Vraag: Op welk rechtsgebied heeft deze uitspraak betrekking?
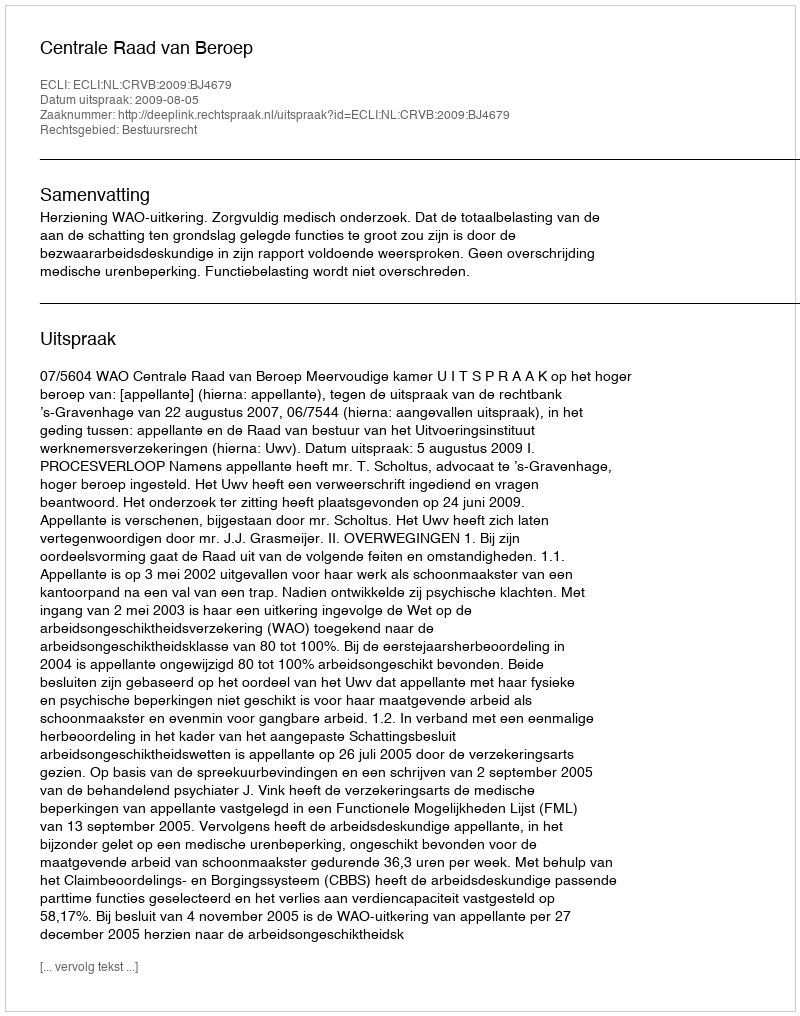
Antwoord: Bestuursrecht